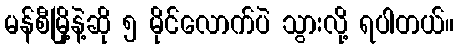
မန်စီမြို့နဲ့ဆို ၅ မိုင်လောက်ပဲ သွားလို့ ရပါတယ်။